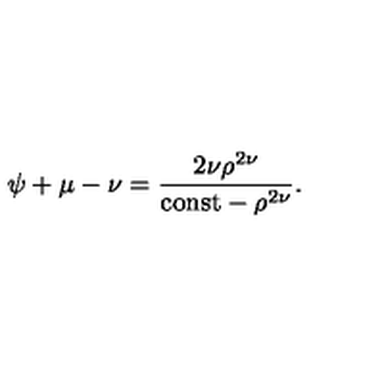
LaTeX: \psi + \mu - \nu = \frac { 2 \nu \rho ^ { 2 \nu } } { \mathrm { c o n s t } - \rho ^ { 2 \nu } } .